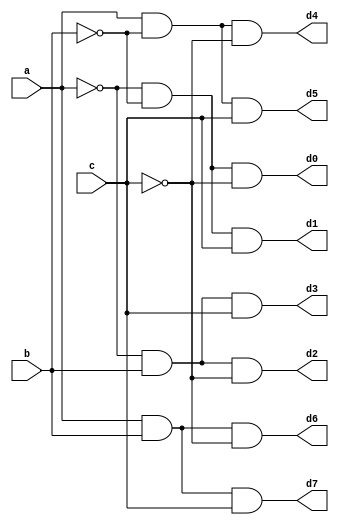
`timescale 1ns / 1ps
//////////////////////////////////////////////////////////////////////////////////
// Company: 
// Engineer: 
// 
// Design Name: 
// Module Name: decoder
// Project Name: 
// Target Devices: 
// Tool Versions: 
// Description: 
// 
// Dependencies: 
// 
// Revision:
// Revision 0.01 - File Created
// Additional Comments:
// 
//////////////////////////////////////////////////////////////////////////////////


module decoder(
    input a,b,c,
    output d0, d1, d2, d3, d4, d5, d6, d7
);

    assign d0 = ~a & ~b & ~c;
    assign d1 = ~a & ~b & c;
    assign d2 = ~a & b & ~c;
    assign d3 = ~a & b & c;
    
    assign d4 = a & ~b & ~c;
    assign d5 = a & ~b & c;
    assign d6 = a & b & ~c;
    assign d7 = a & b & c;

endmodule